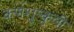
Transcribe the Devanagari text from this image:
कर्णशुष्कुली